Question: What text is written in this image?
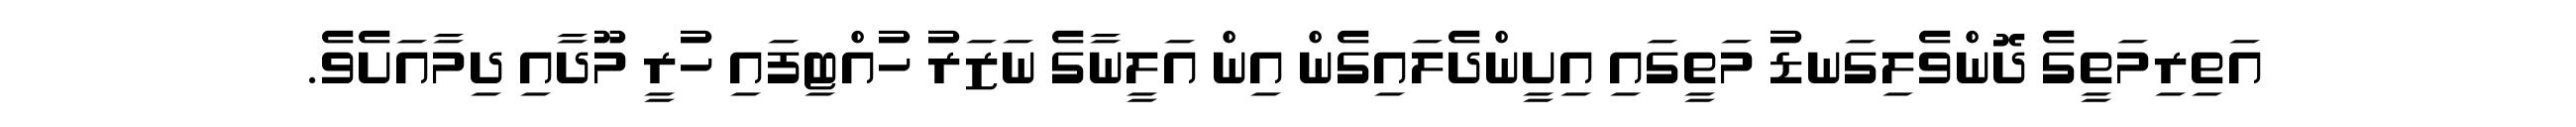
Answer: އަތިރިމަތީގެ ދޮންވެލިގަނޑު މަތީގައި އިށީންދެލައިގެން އިން އަލީނާގެ ނަޒަރު ހުއްޓިފައި ހުރީ މޫދާއި ދިމާއަށެވެ.